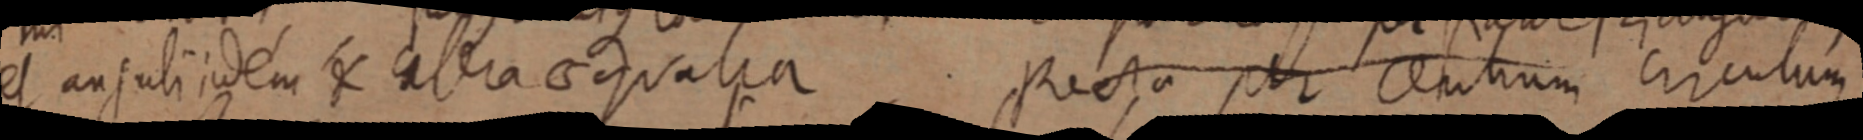
et anguli idem & abra aequalia Recta per centrum circulum